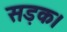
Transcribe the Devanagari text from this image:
सड़क।